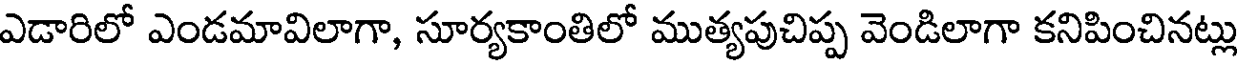
ఎడారిలో ఎండమావిలాగా, సూర్యకాంతిలో ముత్యపుచిప్ప వెండిలాగా కనిపించినట్లు